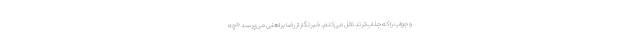
و جواب را که جذاب‌ترند نقل می‌کنم. خبرنگار از رضا براهنی می‌پرسد «چه